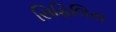
સિફિલિસ